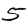
Digit: 5